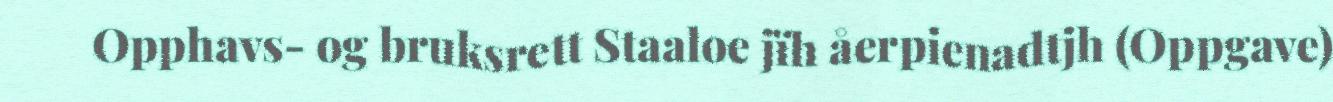
Opphavs- og bruksrett Staaloe jïh åerpienadtjh (Oppgave)